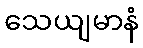
သေယျမာနံ